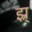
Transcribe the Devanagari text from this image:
झ्र्